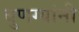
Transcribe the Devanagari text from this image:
बुणग्यांनी